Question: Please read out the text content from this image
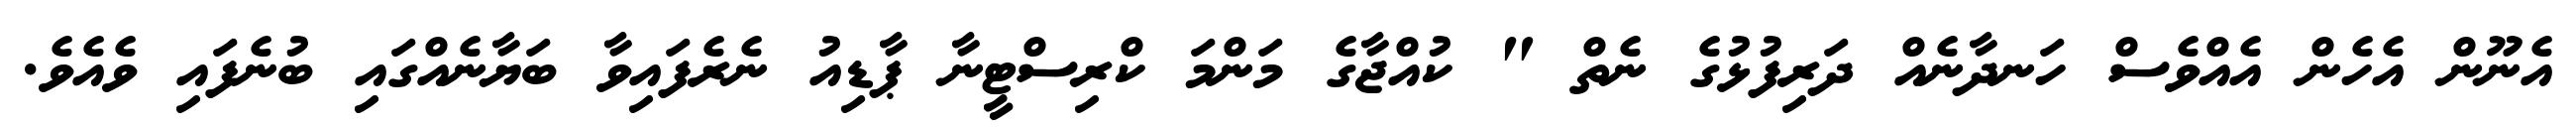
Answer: އެނޫން އެހެން އެއްވެސް ހަނދާނެއް ދަރިފުޅުގެ ނެތް " ކުއްޖާގެ މަންމަ ކްރިސްޓީނާ ޕާޑިއު ނެރެފައިވާ ބަޔާނެއްގައި ބުނެފައި ވެއެވެ.